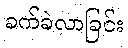
ခက်ခဲလာခြင်း